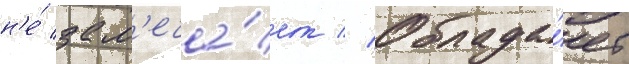
н'е́ зам'еча́ет // Облада́ет